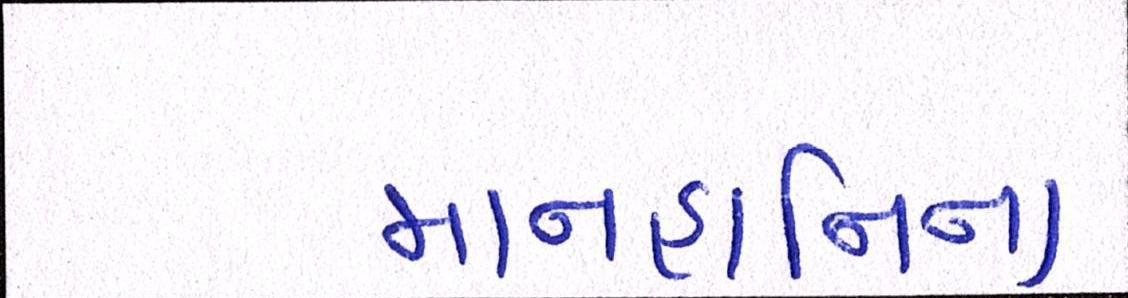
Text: માનહાનિના